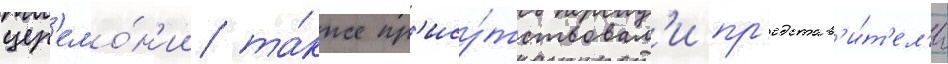
цер'емо́н'ии та́кже пр'ису́тствовал'и пр'едстав'и́т'ел'и